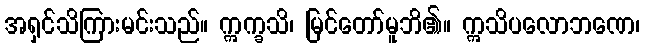
အရှင်သိကြားမင်းသည်။ ဣက္ခသိ၊ မြင်တော်မူဘိ၏။ ဣသိပလောဘဏေ၊